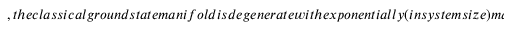
, t h e c l a s s i c a l g r o u n d s t a t e m a n i f o l d i s d e g e n e r a t e w i t h e x p o n e n t i a l l y ( i n s y s t e m s i z e ) m a n y s t a t e s i n i t . I n t h e c a s e